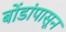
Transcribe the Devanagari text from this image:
बोंडांपासून